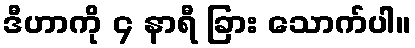
ဒီဟာကို ၄ နာရီ ခြား သောက်ပါ။